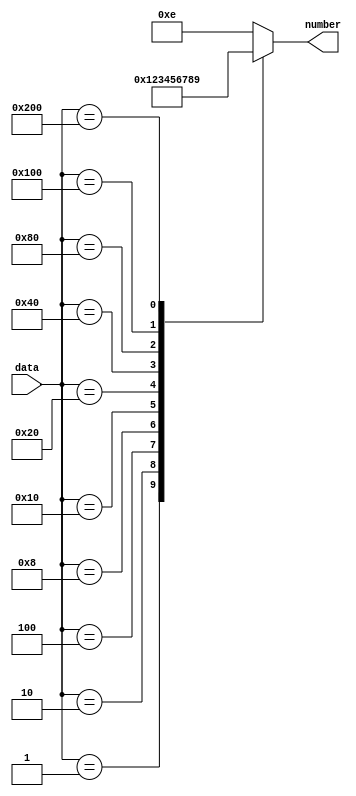
module fnd_encoder(
    data,
    number
);

    input  [9:0] data;
	output reg [3:0] number;
	
	always @ (data) begin
		case(data)
		10'h001 : number = 4'h0;
		10'h002 : number = 4'h1;
        10'h004 : number = 4'h2;
        10'h008 : number = 4'h3;
        10'h010 : number = 4'h4;
        10'h020 : number = 4'h5;
        10'h040 : number = 4'h6;
        10'h080 : number = 4'h7;
        10'h100 : number = 4'h8;
        10'h200 : number = 4'h9;
		default : number = 4'he;
		endcase
	end
	
endmodule